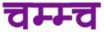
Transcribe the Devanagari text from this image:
चम्म्च